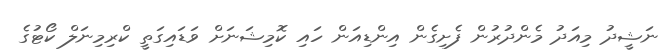
ނަޝީދު މިއަދު މެންދުރުން ފެށިގެން އިންޑިއަން ހައި ކޮމިޝަނަށް ވަޑައިގަތީ ކްރިމިނަލް ކޯޓުގެ